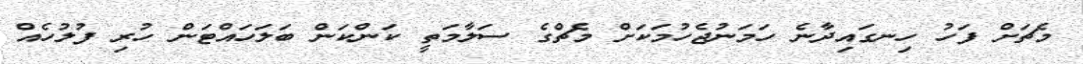
މެޗަށް ފަހު ހިނގައިދާނެ ހަމަނުޖެހުމަކަށް މެޗްގެ ސަލާމަތީ ކަންކަން ބަލަހައްޓަން ހުރި ފުލުހެއް